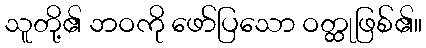
သူတို့၏ ဘဝကို ဖော်ပြသော ဝတ္ထုဖြစ်၏။